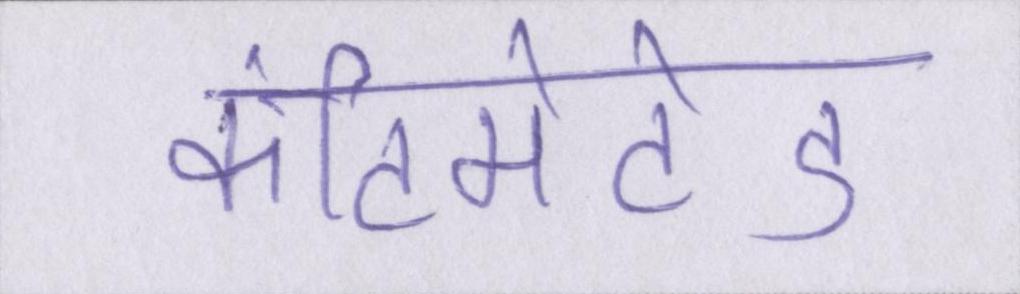
कंटिमेटेड